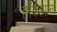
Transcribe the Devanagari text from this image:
हॉकार्पाना